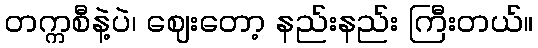
တက္ကစီနဲ့ပဲ၊ ဈေးတော့ နည်းနည်း ကြီးတယ်။